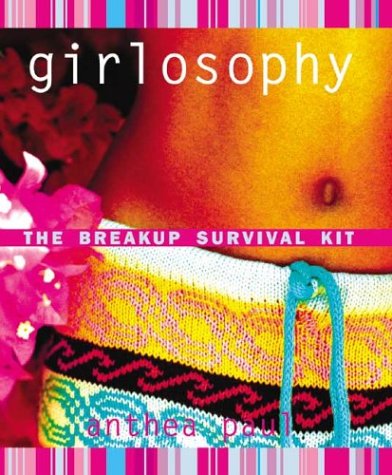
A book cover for Girlosophy: The Breakup Survival Kit (Girlosophy series); Anthea Paul; Teen & Young Adult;